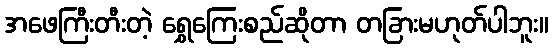
အဖေကြီးတီးတဲ့ ရွှေကြေးစည်ဆိုတာ တခြားမဟုတ်ပါဘူး။